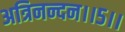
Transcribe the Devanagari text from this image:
अत्रिनन्‍दन।।५।।